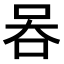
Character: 𠱑